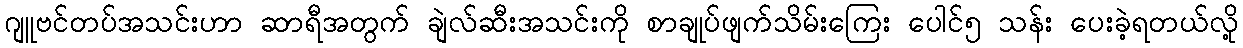
ဂျူဗင်တပ်အသင်းဟာ ဆာရီအတွက် ချဲလ်ဆီးအသင်းကို စာချုပ်ဖျက်သိမ်းကြေး ပေါင်၅ သန်း ပေးခဲ့ရတယ်လို့